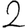
Digit: 2